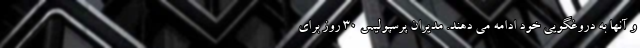
و آنها به دروغگویی خود ادامه می دهند. مدیران پرسپولیس ۳۰ روز برای